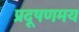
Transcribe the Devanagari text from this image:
प्रदूषणमय